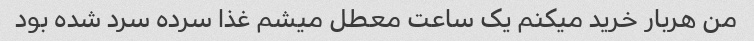
من هربار خرید میکنم یک ساعت معطل میشم غذا سرده سرد شده بود